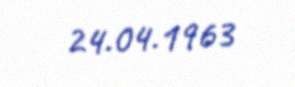
24.04.1963